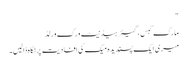
"
مارک گبس ، گیئر ہیڈنیٹ ورک ورلڈ
میری ایک پسندیدہ میک کی افادیت پر نگاہ ڈالیں۔